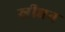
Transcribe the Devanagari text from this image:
स्रीधन